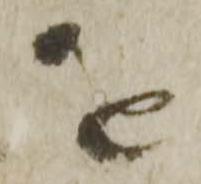
を